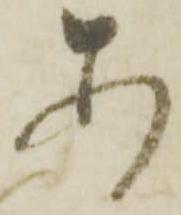
あ